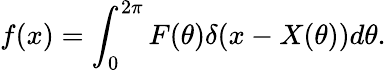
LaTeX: f(x)=\int_{0}^{2\pi}F(\theta)\delta(x-X(\theta))d\theta.